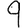
Digit: 9